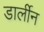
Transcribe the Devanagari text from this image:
डार्लीन